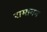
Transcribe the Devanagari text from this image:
रामानन